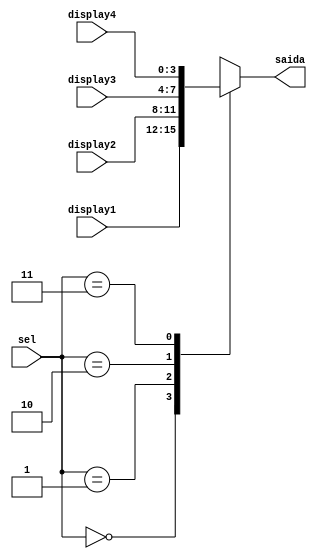
module bcd_control(display1,display2,display3,display4,sel,saida);

	input [3:0] display1;
	input [3:0] display2;
	input [3:0] display3;
	input [3:0] display4;

	input [1:0] sel;
	
	output reg [3:0] saida;
	
	always @(sel)
	begin
		case(sel)
			0: saida = display1;
			1: saida = display2;
			2: saida = display3;
			3: saida = display4;
		endcase
	end
	
endmodule